Lunatic asylums Madras 1877-1891 - 1877-1891
Year: 1877
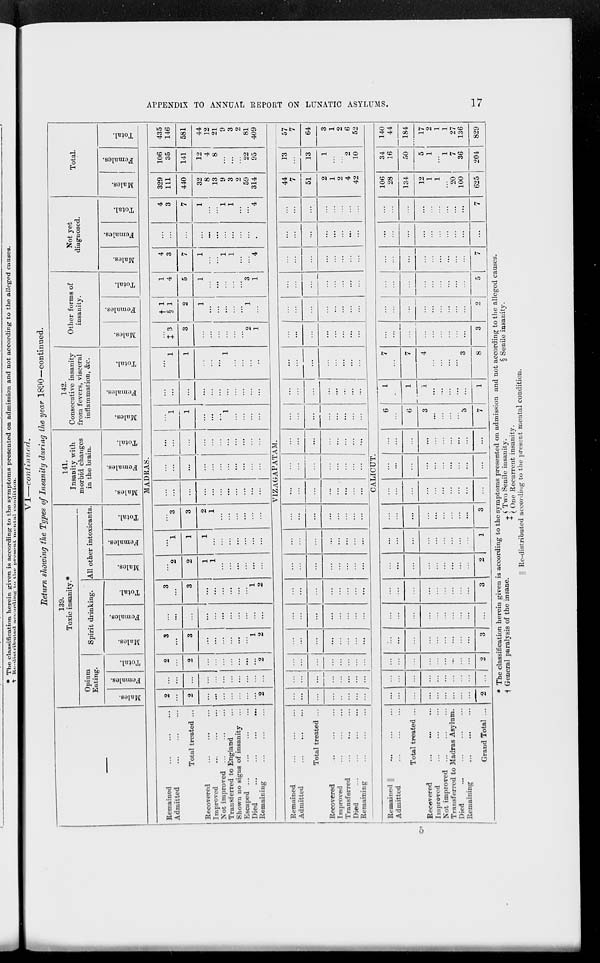
APPENDIX TO ANNUAL REPORT ON LUNATIC ASYLUMS.
17
VI—continued.
Return showing the Types of Insanity during the year 1890—continued.
—
Remained
...
...
...
Admitted
...
...
...
Total treated ...
Recovered
...
...
...
Improved ... ... ...
Not improved
...
...
...
Transferred to England ...
Shown no signs of insanity ...
Escaped
...
...
...
...
Died
...
...
...
...
Remaining
...
...
...
Remained
...
...
...
Admitted
...
...
...
Total treated ...
Recovered ... ... ...
Improved ... ... ...
Transferred
...
...
...
Died
...
...
...
...
Remaining
...
...
...
Remained
||
...
...
...
Admitted
...
...
...
Total treated ...
Recovered
...
...
...
Improved ... ... ...
Not improved
...
...
...
Transferred to Madras Asylum.
Died ... ... ... ...
Remaining
...
...
...
Grand Total ...
139.
Toxic insanity.*
Opium
Eating.
Males.
Females.
Total.
Spirit drinking.
Males.
Females.
Total.
All other intoxicants.
Males.
Females.
Total.
141.
Insanity with
morbid changes
in the brain.
Males.
Females.
Total.
142.
Consecutive insanity
from fevers, visceral
inflammation, &c.
Males.
Females.
Total.
Other forms of
insanity.
Males.
Females.
Total.
Not yet
diagnosed.
Males.
Females.
Total.
Total.
Males.
Females.
Total.
MADRAS.
2
...
2
...
...
...
...
...
...
...
2
...
...
...
...
...
...
...
...
...
...
...
2
...
2
...
...
...
...
...
...
...
2
3
...
3
...
...
...
...
...
1
2
...
...
...
...
...
...
...
...
...
...
...
3
...
3
...
...
...
...
...
...
1
2
...
2
2
1
1
...
...
...
...
...
...
...
1
1
1
...
...
...
...
...
...
...
...
3
3
2
1
...
...
...
...
...
...
...
...
...
...
...
...
...
...
...
...
...
...
...
...
...
...
...
...
...
...
...
...
...
...
...
...
...
...
...
...
...
...
...
...
1
1
...
...
...
1
...
...
...
...
...
...
...
...
...
...
...
...
...
...
...
...
1
1
...
...
...
1
...
...
...
...
‡3
3
...
...
...
...
2
1
† 1
§ 1
2
1
...
...
...
...
...
1
...
1
4
5
1
...
...
...
...
...
3
1
4
3
7
1
...
...
1
1
...
...
4
...
...
...
...
...
...
...
...
...
...
...
4
3
7
1
...
...
1
1
...
...
4
329
111
440
32
8
13
9
3
2
59
314
106
35
141
12
4
8
...
...
...
22
95
435
146
581
44
12
21
9
3
2
81
409
V1ZAGAPATAM.
...
...
...
...
...
...
...
...
...
...
...
...
...
...
...
...
...
...
...
...
...
...
...
...
...
...
...
...
...
...
...
...
...
...
...
...
...
...
...
...
...
...
...
...
...
...
...
...
...
...
...
...
...
...
...
...
...
...
...
...
...
...
...
...
...
...
...
...
...
...
...
...
...
...
...
...
...
...
...
...
...
...
...
...
...
...
...
...
...
...
...
...
...
...
...
...
...
...
...
...
...
...
...
...
...
...
...
...
...
...
...
...
...
...
...
...
...
...
...
...
...
...
...
...
...
...
...
...
...
...
...
...
...
...
...
...
...
...
...
...
...
...
...
...
...
...
...
...
...
...
...
...
...
...
...
...
...
...
...
...
...
...
...
...
...
...
...
...
44
7
51
2
1
2
4
42
13
...
13
1
...
...
2
10
57
7
64
3
1
2
6
52
CALICUT.
...
...
...
...
...
...
...
...
...
2
...
...
...
...
...
...
...
...
...
...
...
...
...
...
...
...
...
...
...
2
...
...
...
...
...
...
...
...
...
3
...
...
...
...
...
...
...
...
...
...
...
...
...
...
...
...
...
...
...
3
...
...
...
...
...
...
...
...
...
2
...
...
...
...
...
...
...
...
...
1
...
...
...
...
...
...
...
...
...
3
...
...
...
...
...
...
...
...
...
...
...
...
...
...
...
...
...
...
...
...
...
...
...
...
...
...
...
...
...
...
6
...
6
3
...
...
...
...
3
7
1
...
1
1
...
...
...
...
...
1
7
...
7
4
...
...
...
...
3
8
...
...
...
...
...
...
...
...
...
3
...
...
...
...
...
...
...
...
...
2
...
...
...
...
...
...
...
...
5
...
...
...
...
...
...
...
...
...
7
...
...
...
...
...
...
...
...
...
...
...
...
...
...
...
...
...
...
...
7
106
28
134
12
1
1
...
20
100
625
34
16
50
5
1
...
1
7
36
204
140
44
184
17
2
1
1
27
136
829
* The classification herein given is according to the symptoms presented on admission and not according to the alleged causes.
† General paralysis of the insane.
‡ Two Senile insanity.
One Recurrent insanity.
§ Senile insanity.
|| Re-distributed according to the present mental condition.
5